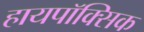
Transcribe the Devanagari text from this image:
हायपॉक्सिक